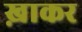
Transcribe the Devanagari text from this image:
ख़ाकर